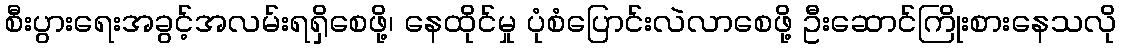
စီးပွားရေးအခွင့်အလမ်းရရှိစေဖို့၊ နေထိုင်မှု ပုံစံပြောင်းလဲလာစေဖို့ ဦးဆောင်ကြိုးစားနေသလို